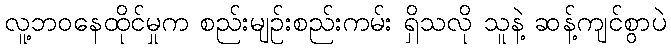
လူ့ဘဝနေထိုင်မှုက စည်းမျဉ်းစည်းကမ်း ရှိသလို သူနဲ့ ဆန့်ကျင်စွာပဲ